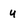
Character: u